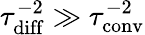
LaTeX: \tau_{\mathrm{diff}}^{-2}\gg\tau_{\mathrm{conv}}^{-2}